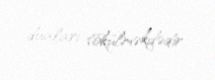
duaları tökülməkdədir.